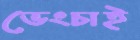
ভেংচাই